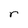
Character: r